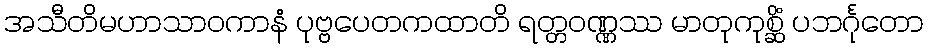
အသီတိမဟာသာဝကာနံ ပုဗ္ဗပေတကထာတိ ရတ္တဝဏ္ဏဿ မာတုကုစ္ဆိံ ပဘင်္ဂုတော